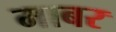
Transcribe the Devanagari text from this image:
माबर